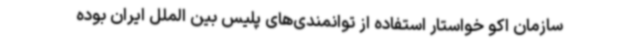
سازمان اکو خواستار استفاده از توانمندی‌های پلیس بین الملل ایران بوده